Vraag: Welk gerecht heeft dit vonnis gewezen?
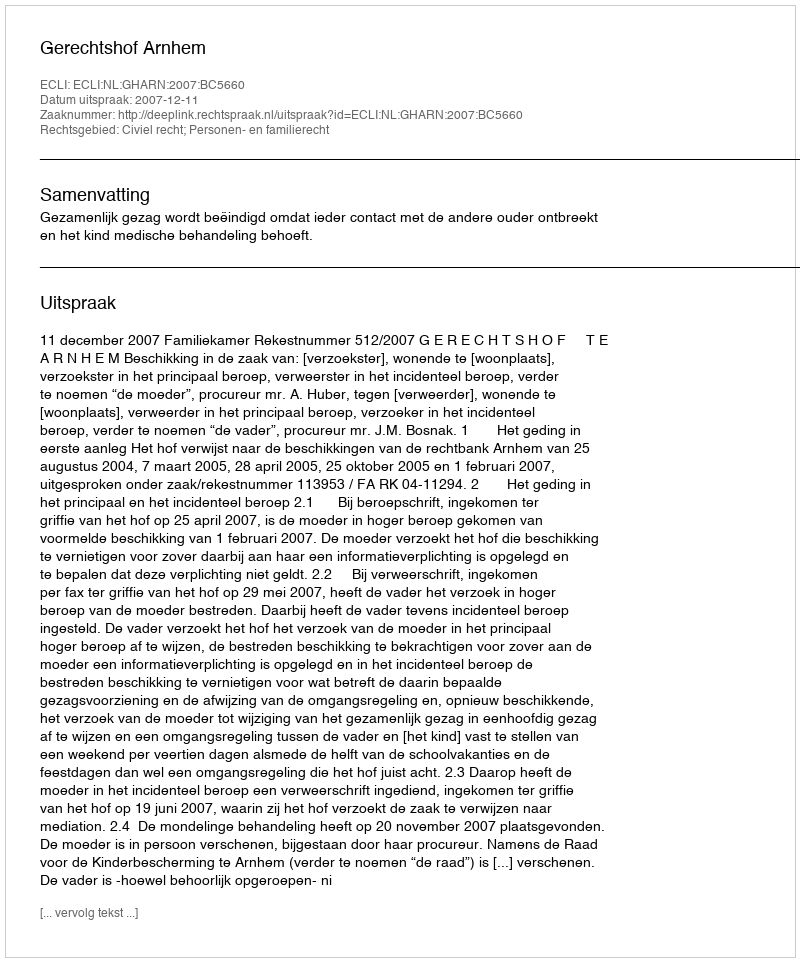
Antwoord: Gerechtshof Arnhem